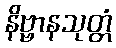
နိဗ္ဗာနသုတ္တံ